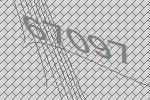
67097